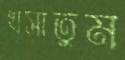
খসাতুম